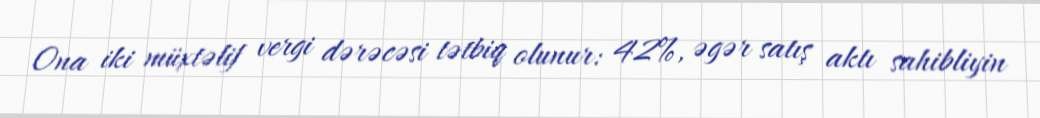
Ona iki müxtəlif vergi dərəcəsi tətbiq olunur: 42%, əgər satış aktı sahibliyin